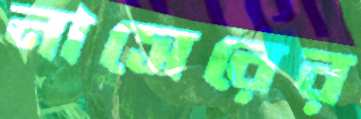
নাসেরের